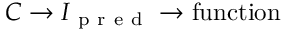
C \to I _ { \mathrm { ~ p ~ r ~ e ~ d ~ } } \to \mathrm { f u n c t i o n }